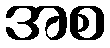
အစ